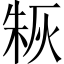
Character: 𤊣